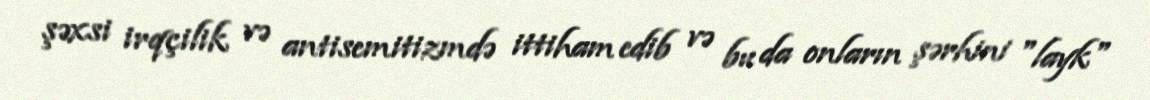
şəxsi irqçilik və antisemitizmdə ittiham edib və bu da onların şərhini "layk"